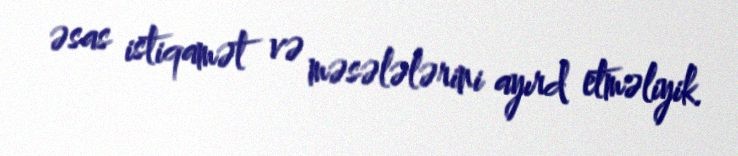
əsas istiqamət və məsələlərini ayırd etməliyik.